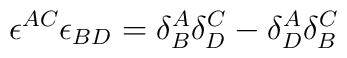
\epsilon^{AC} \epsilon_{BD} = \delta^A_B \delta^C_D- \delta^A_D\delta^C_B